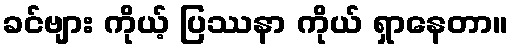
ခင်ဗျား ကိုယ့် ပြဿနာ ကိုယ် ရှာနေတာ။